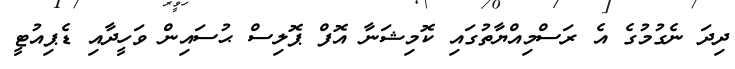
ދިދަ ނެގުމުގެ އެ ރަސްމިއްޔާތުގައި ކޮމިޝަނާ އޮފް ޕޮލިސް ޙުސައިން ވަހީދާއި ޑެޕިއުޓީ